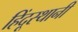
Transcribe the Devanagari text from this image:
हिंदूस्थानी